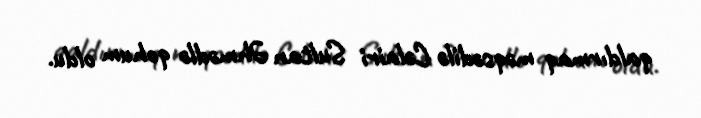
qaldırmaq məqsədilə Cəlairi Sultan Əhmədlə qohum oldu.